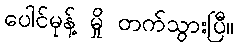
ပေါင်မုန့် မှို တက်သွားပြီ။